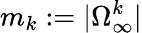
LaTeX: m_{k}:=|\Omega_{\infty}^{k}|